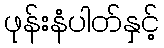
ဖုန်းနံပါတ်နှင့်